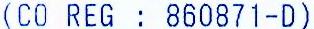
(CO REG : 860871-D)